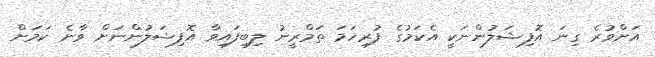
އަށްވުރެ ގިނަ އޮފިޝަލުންނަކީ އެކަމުގެ ފުރިހަމަ ތަމްރީނު ލިބިފައިވާ އޮފިޝަލުންނަށް ވާނެ ކަމަށް